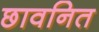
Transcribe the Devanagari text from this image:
छावनित